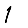
Digit: 1